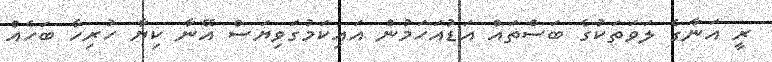
ރީ އަނާގެ ލަވަތަކުގެ ބަސްތައް އަޑުއަހަމުން އައިކަމުގަވިޔަސް އޭނާ ކިޔާ ހުރިހާ ބަހެއް